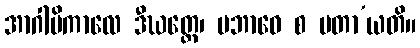
အာဂါမိကာလေ ဒီဃတ္တေ၊ ပဘာဝေ စ မတာ’ယတိ။